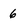
Character: 6